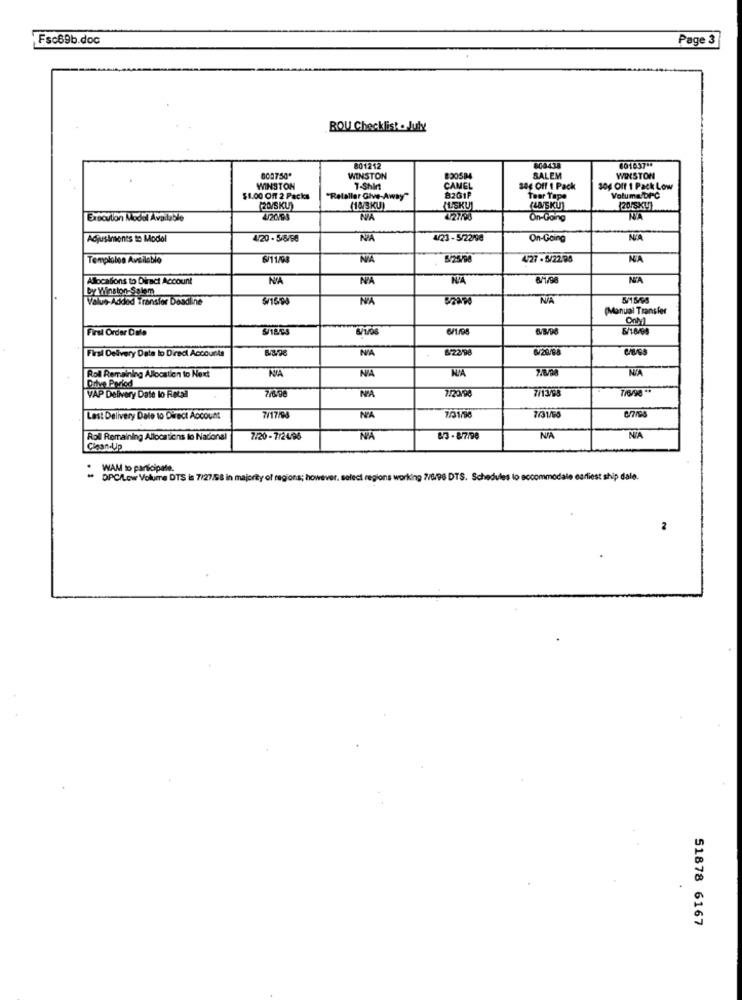
Fsc69b.doc
Page 3
ROU Checklist . July
801212
60183714
808750*
WINSTON
820584
SALEM
WINSTON
WINSTON
T-Shirt
CAMEL
346 Off ! Pack
30g Off 1 Pack Low
$1.00 Off 2 Packs
"Relallar Give-Away"
82G1P
Tear Tape
Volume DPC
(20/SKU)
(14/3KU]
KUSKU!
(45KU)
Execution Model Available
IVA
4-2740
On-Going
NA
Adjustments to Model
4/20 - 5/8/58
4/23-5/22/00
On-Going
NIA
Temploles Avellabio
6/11/4
TVA
6/25/98
427 - 5/22 98
NA
Allocations to Direct Account
NA
NA
NIA
by Winston-Salem
Value-Added Transfor Deadilne
NA
(Manual Transfer
First Order Dole
Firal Delivery Date lo Direci Accounts
Bape
NA
6/22/98
NA
NA
Roll Remaining Allocation to Next
Drive Period
7/20/90
7/13/95
7/6/98 **
VAP Delivery Date lo Retail
Last Delivery Dale to Direct Account
7/17/5
N'A
7/31/98
7/31/90
Roll Remaining Allocations to Nacional
7/20 - 7/24/96
NA
43 - 8/7/98
NA
NA
Clean-Up
WAM to participate.
DPC/Low Volume DTS is 7/27/98 in majority of regions; however, select regions working 7/8/98 DTS. Schedules lo accommodale earliest ship dale.
51878 6167